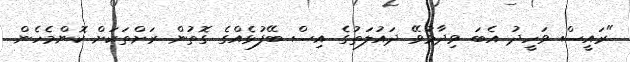
"ރައީސް ވަހީދު އެބަ ވިދާޅުވޭ ދައުލަތުގެ އިސް ބޭފުޅެއްގެ ގޮތުން ރަށްތަކަށް ކޮންމެހެން